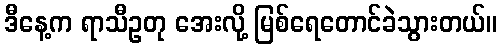
ဒီနေ့က ရာသီဥတု အေးလို့ မြစ်ရေတောင်ခဲသွားတယ်။